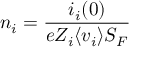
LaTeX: n _ { i } = { \frac { i _ { i } ( 0 ) } { e Z _ { i } \langle v _ { i } \rangle S _ { F } } }